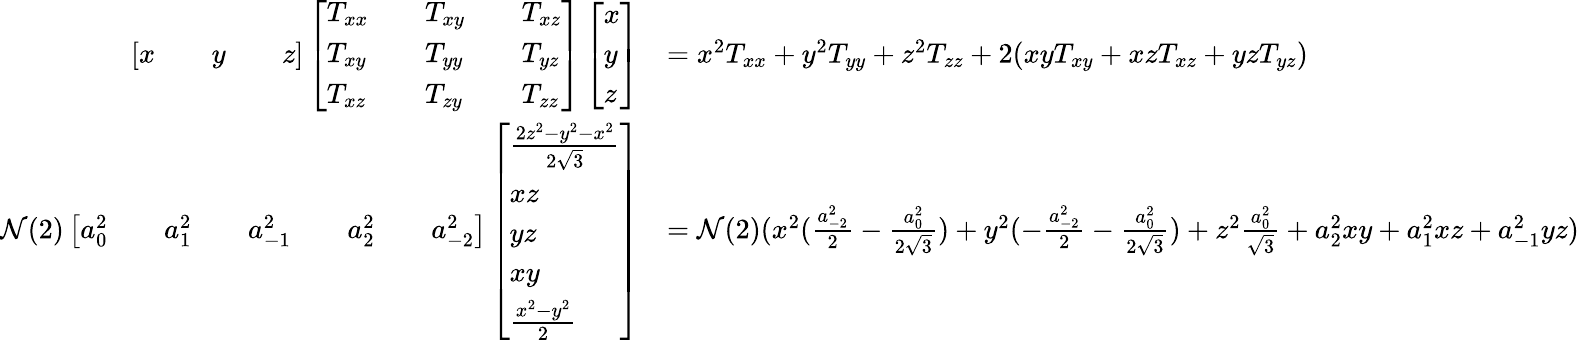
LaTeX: \begin{array}{rl}{\left[\begin{array}{lllll}{x}&&{y}&&{z}\end{array}\right]\left[\begin{array}{lllll}{T_{xx}}&&{T_{xy}}&&{T_{xz}}\\ {T_{xy}}&&{T_{yy}}&&{T_{yz}}\\ {T_{xz}}&&{T_{zy}}&&{T_{zz}}\end{array}\right]\left[\begin{array}{l}{x}\\ {y}\\ {z}\end{array}\right]}&{=x^{2}T_{xx}+y^{2}T_{yy}+z^{2}T_{zz}+2(xyT_{xy}+xzT_{xz}+yzT_{yz})}\\ {\mathcal{N}(2)\left[\begin{array}{lllllllll}{a_{0}^{2}}&&{a_{1}^{2}}&&{a_{-1}^{2}}&&{a_{2}^{2}}&&{a_{-2}^{2}}\end{array}\right]\left[\begin{array}{l}{\frac{2z^{2}-y^{2}-x^{2}}{2\sqrt{3}}}\\ {xz}\\ {yz}\\ {xy}\\ {\frac{x^{2}-y^{2}}{2}}\end{array}\right]}&{=\mathcal{N}(2)(x^{2}(\frac{a_{-2}^{2}}{2}-\frac{a_{0}^{2}}{2\sqrt{3}})+y^{2}(-\frac{a_{-2}^{2}}{2}-\frac{a_{0}^{2}}{2\sqrt{3}})+z^{2}\frac{a_{0}^{2}}{\sqrt{3}}+a_{2}^{2}xy+a_{1}^{2}xz+a_{-1}^{2}yz)}\end{array}